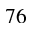
7 6